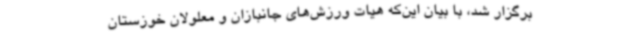
برگزار شد، با بیان این‌که هیات ورزش‌های جانبازان و معلولان خوزستان